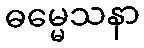
ဓမ္မေသနာ